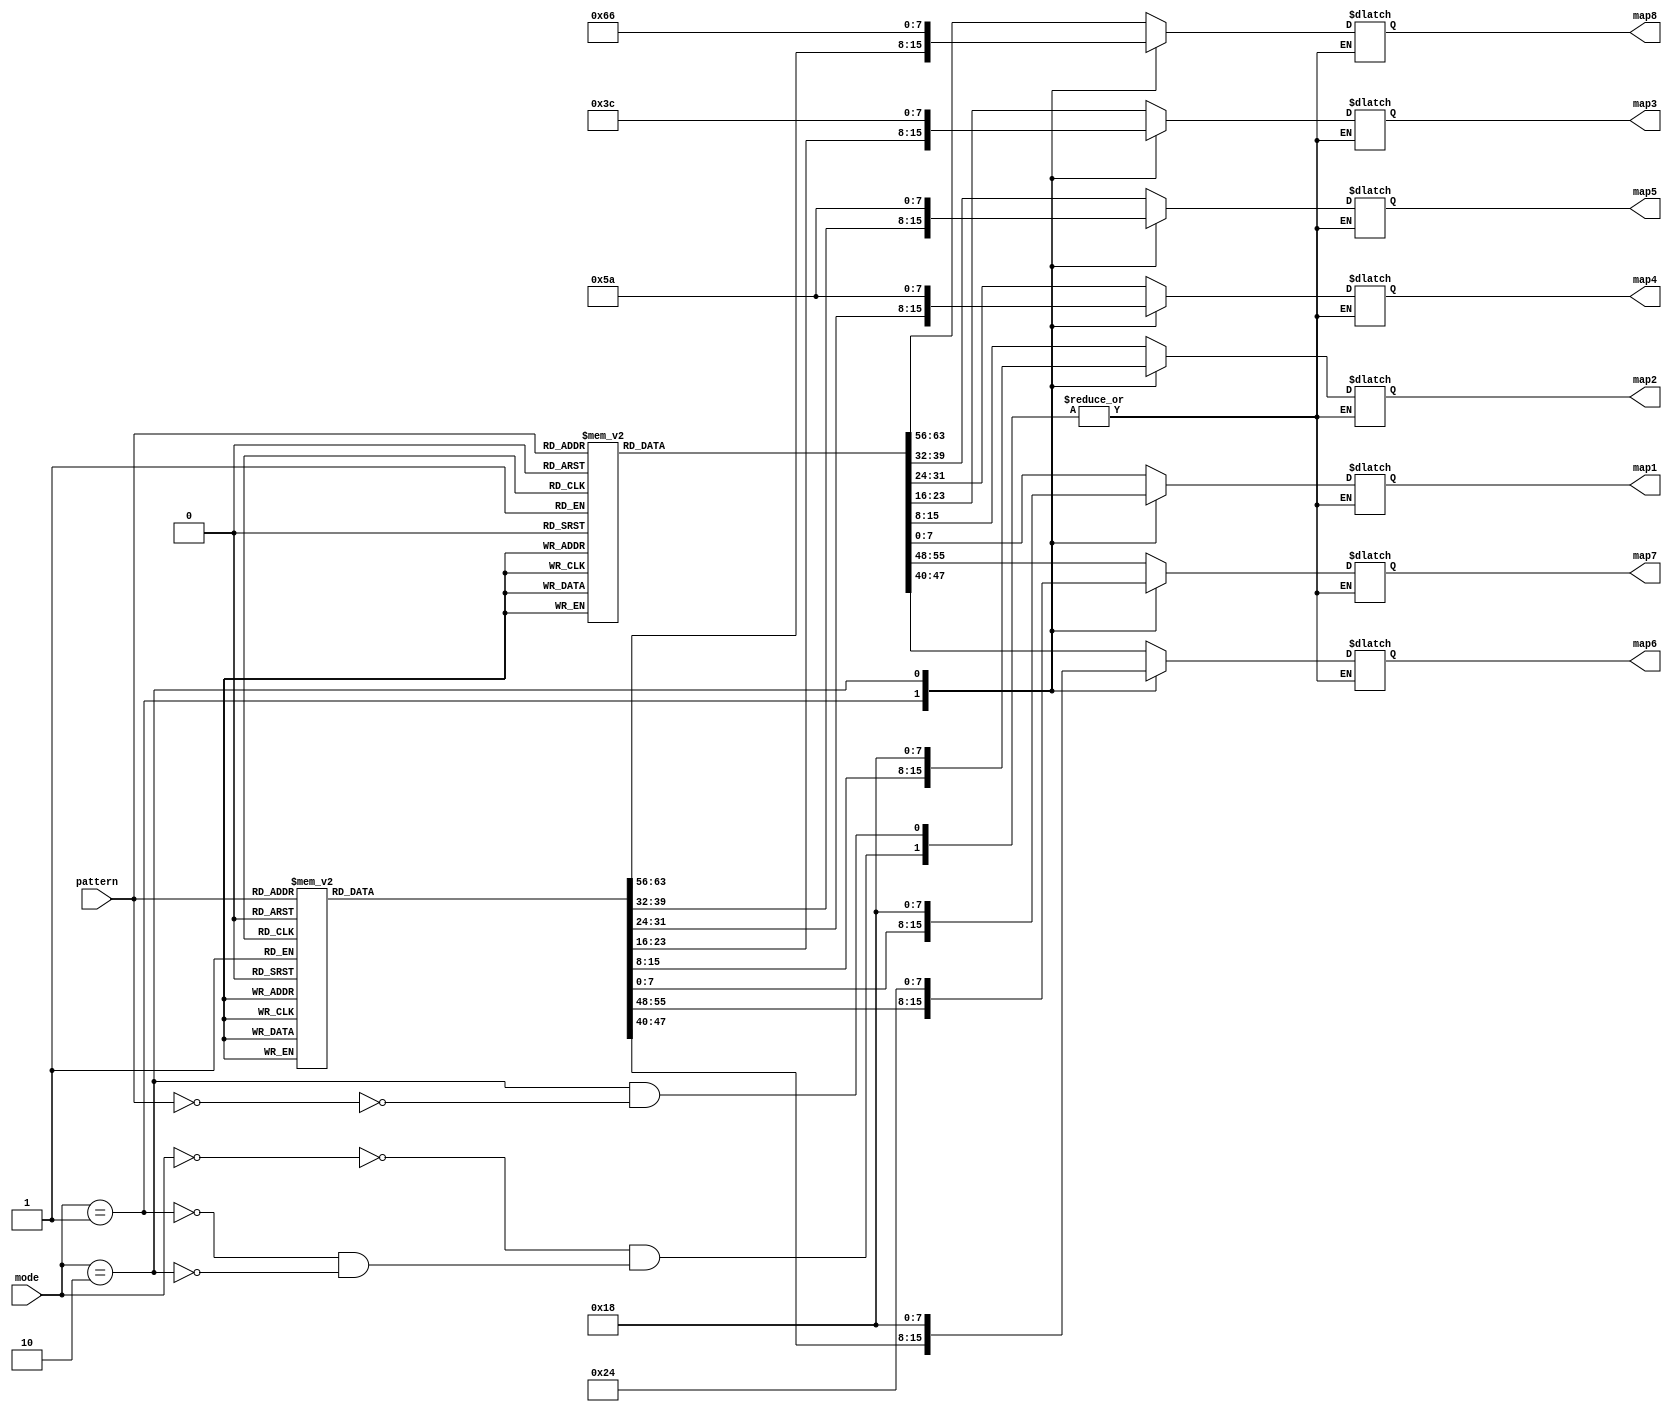
module map(mode, pattern, map1, map2, map3, map4, map5, map6, map7, map8);

output reg [7:0]map1, map2, map3, map4, map5, map6, map7, map8;
input [2:0]pattern; 
input [1:0]mode;

always@(mode or pattern)
begin
    case(mode)
    2'd0:
    begin
        case(pattern)
            //walk
            4'd0:
            begin 
                map1 <= 8'b0011_1000;
                map2 <= 8'b0011_0000;
                map3 <= 8'b0001_1110;
                map4 <= 8'b0011_1001;
                map5 <= 8'b0100_1000;
                map6 <= 8'b0001_0100;
                map7 <= 8'b0010_0010; 
                map8 <= 8'b0110_0001;
            end
            4'd1:
            begin 
                map1 <= 8'b0011_1000;
                map2 <= 8'b0011_0000;
                map3 <= 8'b0001_1110;
                map4 <= 8'b0011_1011;
                map5 <= 8'b0110_1000;
                map6 <= 8'b0001_0100;
                map7 <= 8'b0010_0100; 
                map8 <= 8'b0010_0010;
            end
            4'd2:
            begin 
                map1 <= 8'b0011_1000;
                map2 <= 8'b0011_0000;
                map3 <= 8'b0001_1100;
                map4 <= 8'b0001_1010;
                map5 <= 8'b0010_1010;
                map6 <= 8'b0001_0100;
                map7 <= 8'b0010_0100; 
                map8 <= 8'b0010_0010;
            end
            4'd3:
            begin 
                map1 <= 8'b0011_1000;
                map2 <= 8'b0011_0000;
                map3 <= 8'b0001_1000;
                map4 <= 8'b0001_1100;
                map5 <= 8'b0001_1000;
                map6 <= 8'b0000_1100;
                map7 <= 8'b0001_0100; 
                map8 <= 8'b0010_0100;
            end
            4'd4:
            begin 
                map1 <= 8'b0011_1000;
                map2 <= 8'b0011_0000;
                map3 <= 8'b0001_1000;
                map4 <= 8'b0001_1000;
                map5 <= 8'b0001_1000;
                map6 <= 8'b0000_1100;
                map7 <= 8'b0000_1100; 
                map8 <= 8'b0000_0100;
            end
            4'd5:
            begin 
                map1 <= 8'b0011_1000;
                map2 <= 8'b0011_0000;
                map3 <= 8'b0001_1100;
                map4 <= 8'b0001_1000;
                map5 <= 8'b0011_1000;
                map6 <= 8'b0000_1100;
                map7 <= 8'b0001_0100; 
                map8 <= 8'b0001_0010;
            end
            4'd6:
            begin 
                map1 <= 8'b0011_1000;
                map2 <= 8'b0011_0000;
                map3 <= 8'b0001_1100;
                map4 <= 8'b0011_1010;
                map5 <= 8'b0101_1000;
                map6 <= 8'b0000_1000;
                map7 <= 8'b0001_0100; 
                map8 <= 8'b0010_0010;
            end
            4'd7:
            begin 
                map1 <= 8'b0011_1000;
                map2 <= 8'b0011_0000;
                map3 <= 8'b0001_1110;
                map4 <= 8'b0111_1001;
                map5 <= 8'b1001_1000;
                map6 <= 8'b0001_1000;
                map7 <= 8'b0010_0100; 
                map8 <= 8'b0100_0010;
            end
        endcase
    end
    //run
    2'd1:
    begin
        case(pattern)
            4'd0:
            begin 
                map1 <= 8'b0110_0000;	                map2 <= 8'b0110_0000;
                map3 <= 8'b0011_0000;
                map4 <= 8'b0111_1000;
                map5 <= 8'b0001_1000;
                map6 <= 8'b0011_0100;
                map7 <= 8'b0010_0010; 
                map8 <= 8'b0110_0110;
            end
            4'd1:
            begin 
                map1 <= 8'b0110_0000;
                map2 <= 8'b0110_0000;
                map3 <= 8'b0011_0000;
                map4 <= 8'b0111_1100;
                map5 <= 8'b0101_1010;
                map6 <= 8'b0011_0100;
                map7 <= 8'b0110_0010; 
                map8 <= 8'b0100_0010;
            end
            4'd2:
            begin 
                map1 <= 8'b0110_0000;
                map2 <= 8'b0110_0000;
                map3 <= 8'b0011_0000;
                map4 <= 8'b0111_1100;
                map5 <= 8'b1011_0010;
                map6 <= 8'b0001_1000;
                map7 <= 8'b0110_0110; 
                map8 <= 8'b0000_0010;
            end
            4'd3:
            begin 
                map1 <= 8'b1100_0000;
                map2 <= 8'b1100_0000;
                map3 <= 8'b0111_1000;
                map4 <= 8'b0110_0100;
                map5 <= 8'b1011_0000;
                map6 <= 8'b0010_1000;
                map7 <= 8'b1100_0110; 
                map8 <= 8'b0000_0010;
            end
            4'd4:
            begin 
                map1 <= 8'b1100_0000;
                map2 <= 8'b1100_0000;
                map3 <= 8'b0110_0000;
                map4 <= 8'b0111_1000;
                map5 <= 8'b1011_0100;
                map6 <= 8'b0011_1010;
                map7 <= 8'b0010_0110; 
                map8 <= 8'b1110_0010;
            end
            4'd5:
            begin 
                map1 <= 8'b1100_0000;
                map2 <= 8'b1100_0000;
                map3 <= 8'b0110_0000;
                map4 <= 8'b0111_1000;
                map5 <= 8'b1011_0100;
                map6 <= 8'b0011_0010;
                map7 <= 8'b0100_1100; 
                map8 <= 8'b1100_0100;
            end
            4'd6:
            begin 
                map1 <= 8'b1100_0000;
                map2 <= 8'b1100_0000;
                map3 <= 8'b0110_0000;
                map4 <= 8'b0111_1000;
                map5 <= 8'b0111_0100;
                map6 <= 8'b0011_0000;
                map7 <= 8'b0101_1000; 
                map8 <= 8'b0010_1000;
            end
            4'd7:
            begin 
                map1 <= 8'b0110_0000;
                map2 <= 8'b0110_0000;
                map3 <= 8'b0011_0000;
                map4 <= 8'b0011_1000;
                map5 <= 8'b0001_1000;
                map6 <= 8'b0001_0100;
                map7 <= 8'b0001_1100; 
                map8 <= 8'b0000_0100;
            end
        endcase
    end
    //stop
    2'd2:
    begin
        case(pattern)
            4'd0:
            begin 
                map1 <= 8'b0001_1000;
                map2 <= 8'b0001_1000;
                map3 <= 8'b0011_1100;
                map4 <= 8'b0101_1010;
                map5 <= 8'b0101_1010;
                map6 <= 8'b0001_1000;
                map7 <= 8'b0010_0100; 
                map8 <= 8'b0110_0110;
            end
        endcase
    end
    endcase
end

endmodule